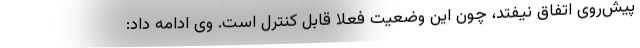
پیش‌روی اتفاق نیفتد، چون این وضعیت فعلا قابل کنترل است. وی ادامه داد: